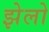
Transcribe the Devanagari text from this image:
झेलो